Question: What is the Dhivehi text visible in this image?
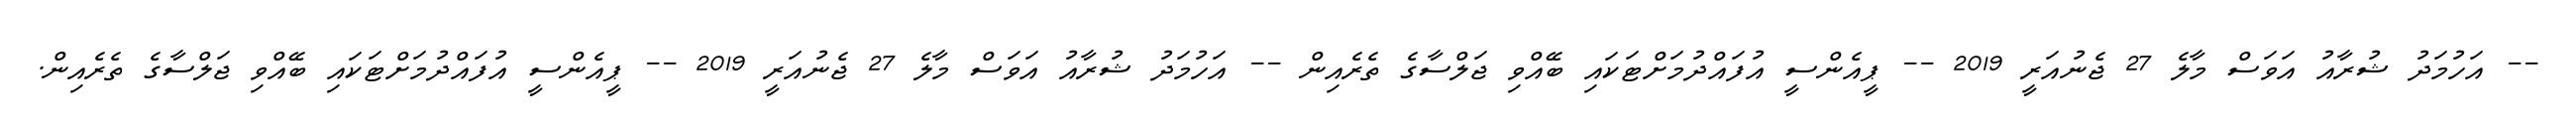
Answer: -- އަހުމަދު ޝުރާއު އަވަސް މާލެ 27 ޖެނުއަރީ 2019 -- ޕީއެންސީ އުފައްދުމަށްޓަކައި ބޭއްވި ޖަލްސާގެ ތެރެއިން -- އަހުމަދު ޝުރާއު އަވަސް މާލެ 27 ޖެނުއަރީ 2019 -- ޕީއެންސީ އުފައްދުމަށްޓަކައި ބޭއްވި ޖަލްސާގެ ތެރެއިން.